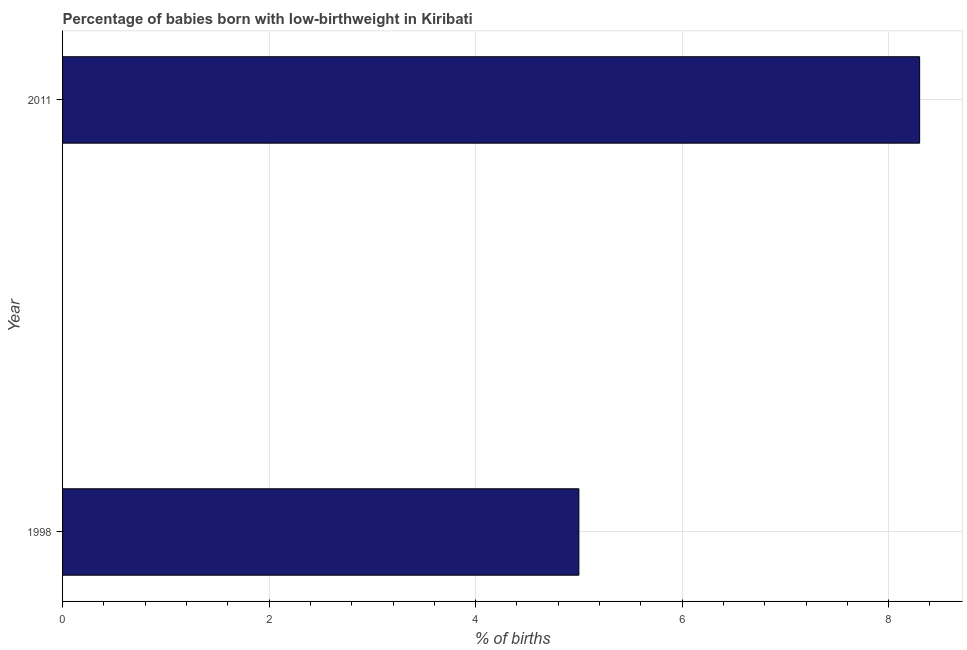
| Year | Low-birthweight babies |
 | --- | --- |
 | 1998 | 5 |
 | 2011 | 8.3 |